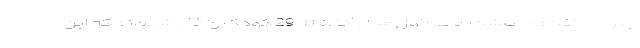
‌جنوبی گفت: در هشت ماهه اول سال گذشته 29 کودک واگذارشده‌اند که این